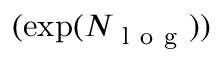
( \exp ( N _ { \mathrm { ~ l ~ o ~ g ~ } } ) )